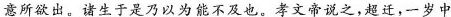
意所欲出。诸生于是乃以为能不及也。孝文帝说之，超迁，一岁中